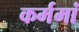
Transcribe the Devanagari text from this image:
कर्ममां